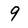
Character: 9